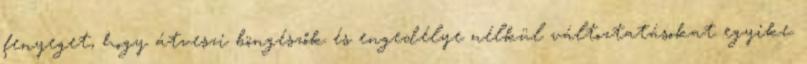
fenyeget, hogy átveszi böngészők és engedélye nélkül változtatásokat egyike.